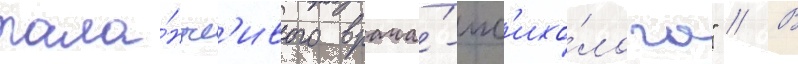
тала́нтл'ивого врача́-пс'ихо́лога" // В